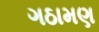
ગઠામણ